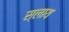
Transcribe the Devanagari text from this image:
स्लाय